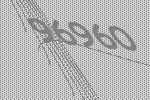
96960